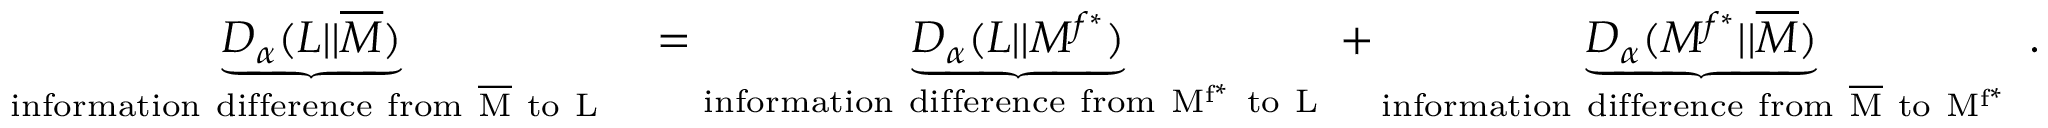
\begin{array} { r l } { \underbrace { D _ { \alpha } ( L | | \overline { { M } } ) } _ { \mathrm { i n f o r m a t i o n ~ d i f f e r e n c e ~ f r o m ~ \overline { { M } } ~ t o ~ L ~ } } } & { = \underbrace { D _ { \alpha } ( L | | M ^ { f ^ { * } } ) } _ { \mathrm { i n f o r m a t i o n ~ d i f f e r e n c e ~ f r o m ~ M ^ { f ^ * } ~ t o ~ L ~ } } + \underbrace { D _ { \alpha } ( M ^ { f ^ { * } } | | \overline { { M } } ) } _ { \mathrm { i n f o r m a t i o n ~ d i f f e r e n c e ~ f r o m ~ \overline { { M } } ~ t o ~ M ^ { f ^ * } ~ } } . } \end{array}